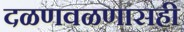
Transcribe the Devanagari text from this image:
दळणवळणासही